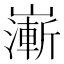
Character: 𡽻